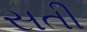
સતી